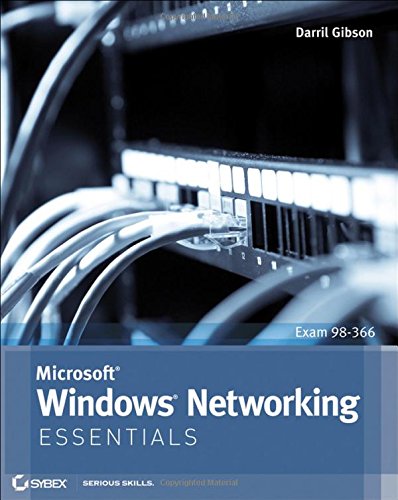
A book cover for Microsoft Windows Networking Essentials; Darril Gibson; Engineering & Transportation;